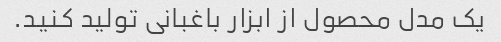
یک مدل محصول از ابزار باغبانی تولید کنید.